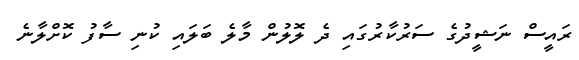
ރައީސް ނަޝީދުގެ ސަރުކާރުގައި ދެ ލޮލުން މާލެ ބަލައި ކުނި ސާފު ކޮށްލާނެ